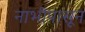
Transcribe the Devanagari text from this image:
नाभीपासून